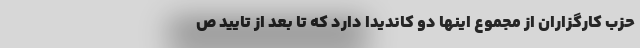
حزب کارگزاران از مجموع اینها دو کاندیدا دارد که تا بعد از تایید ص